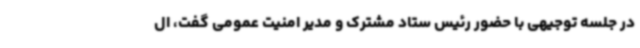
در جلسه توجیهی با حضور رئیس ستاد مشترک و مدیر امنیت عمومی گفت، ال